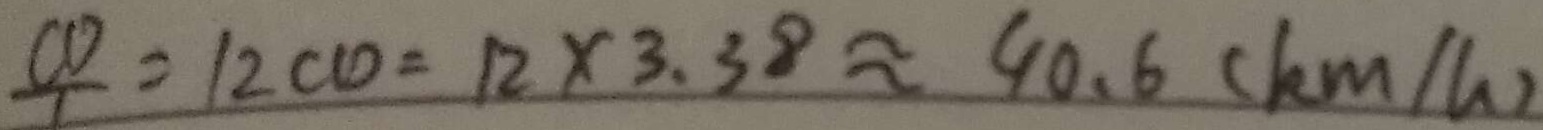
\frac { C D } { 1 } = 1 2 C D = 1 2 \times 3 . 3 8 \approx 4 0 . 6 ( k m / h )